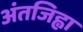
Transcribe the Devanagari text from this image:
अंतजिह्वा